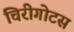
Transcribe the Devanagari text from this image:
चिरीगोटस